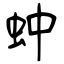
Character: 蚛